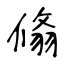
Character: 翛